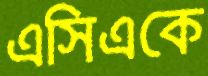
এসিএকে